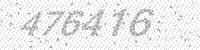
Solution: 476416